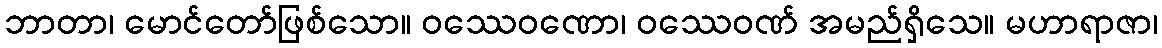
ဘာတာ၊ မောင်တော်ဖြစ်သော။ ဝဿေဝဏော၊ ဝဿေဝဏ် အမည်ရှိသေ။ မဟာရာဇာ၊